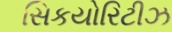
સિકયોરિટીઝ